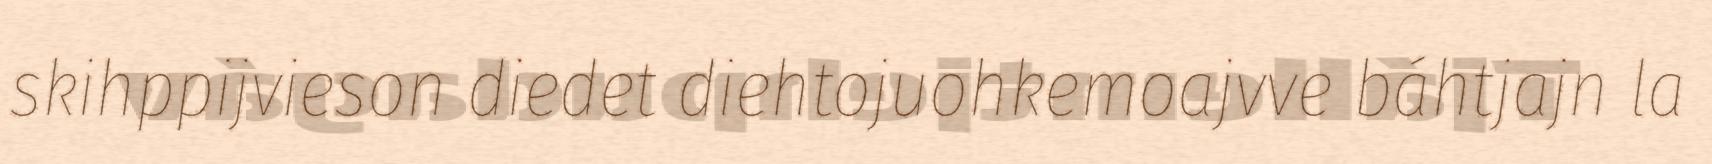
skihppijvieson diedet diehtojuohkemoajvve báhtjajn la